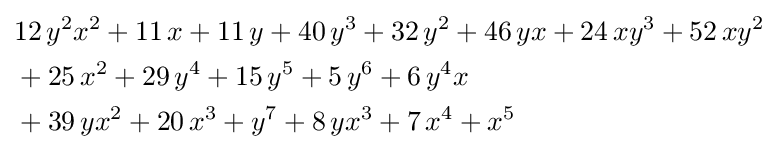
{\begin{aligned}&12\,{y}^{2}{x}^{2}+11\,x+11\,y+40\,{y}^{3}+32\,{y}^{2}+46\,yx+24\,x{y}^{3}+52\,x{y}^{2}\\&+25\,{x}^{2}+29\,{y}^{4}+15\,{y}^{5}+5\,{y}^{6}+6\,{y}^{4}x\\&+39\,y{x}^{2}+20\,{x}^{3}+{y}^{7}+8\,y{x}^{3}+7\,{x}^{4}+{x}^{5}\end{aligned}}